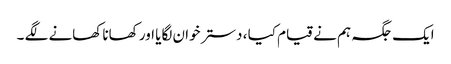
ایک جگہ ہم نے قیام کیا ، دستر خوان لگایا اور کھانا کھانے لگے ۔